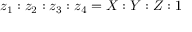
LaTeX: z _ { 1 } : z _ { 2 } : z _ { 3 } : z _ { 4 } = X : Y : Z : 1